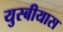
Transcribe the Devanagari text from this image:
युस्बीयास